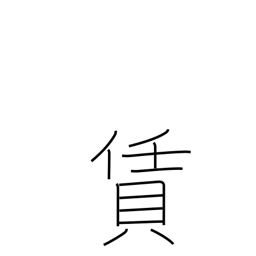
Meaning: fee